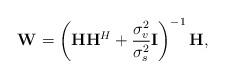
LaTeX: \begin{align*} \mathbf{W} = \left(\mathbf{H}\mathbf{H}^{H} + \frac{\sigma_{v}^{2}}{\sigma_{s}^{2}} \mathbf{I} \right)^{-1} \mathbf{H},\end{align*}